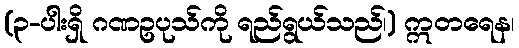
(၃-ပါးရှိ ဂဏဥပုသ်ကို ရည်ရွယ်သည်၊) ဣတရေန၊